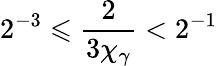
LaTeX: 2^{-3}\leqslant\frac{2}{3\chi_{\gamma}}<2^{-1}